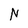
Character: N